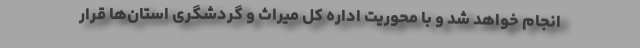
انجام خواهد شد و با محوریت اداره کل میراث و گردشگری استان‌ها قرار